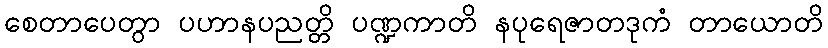
စေတာပေတွာ ပဟာနပညတ္တိ ပဏ္ဍကာတိ နပုရေဇာတဒုကံ တာယောတိ